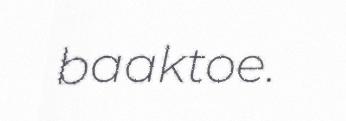
baaktoe.